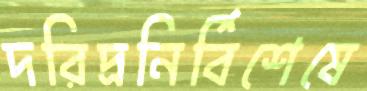
দরিদ্রনির্বিশেষে